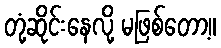
တုံ့ဆိုင်းနေလို့ မဖြစ်တော့။